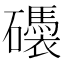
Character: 𥗗